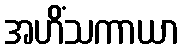
အဟိံသကာယာ